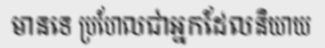
មានទេ ប្រហែលជាអ្នកដែលនិយាយ